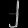
Digit: ၂